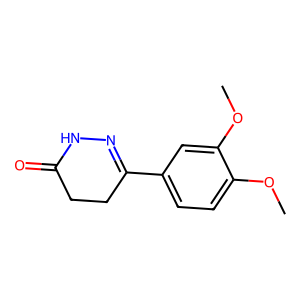
SMILES: COc1ccc(C2=NNC(=O)CC2)cc1OC
Inhibits HIV replication: No